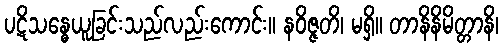
ပဋိသန္ဓေယူခြင်းသည်လည်းကောင်း။ နဝိဇ္ဇတိ၊ မရှိ။ တာနိနိမိတ္တာနိ၊